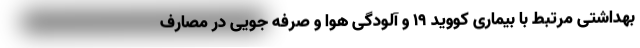
بهداشتی مرتبط با بیماری کووید ۱۹ و آلودگی هوا و صرفه جویی در مصارف